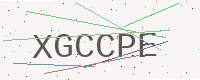
Text: XGCCPE